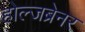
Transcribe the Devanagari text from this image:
होल्जब्रेनर